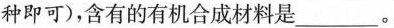
种即可)，含有的有机合成材料是___。